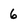
Character: 6